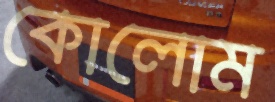
কোলোম